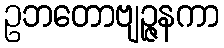
ဥဘတောဗျဉ္ဇနကာ